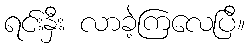
ရင်းနှီး လာခဲ့ကြလေပြီ။